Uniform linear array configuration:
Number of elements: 64
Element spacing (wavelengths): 0.75
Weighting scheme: kaiser
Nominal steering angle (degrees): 15
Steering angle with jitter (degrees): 16.305
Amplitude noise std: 0.05
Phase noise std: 0.05

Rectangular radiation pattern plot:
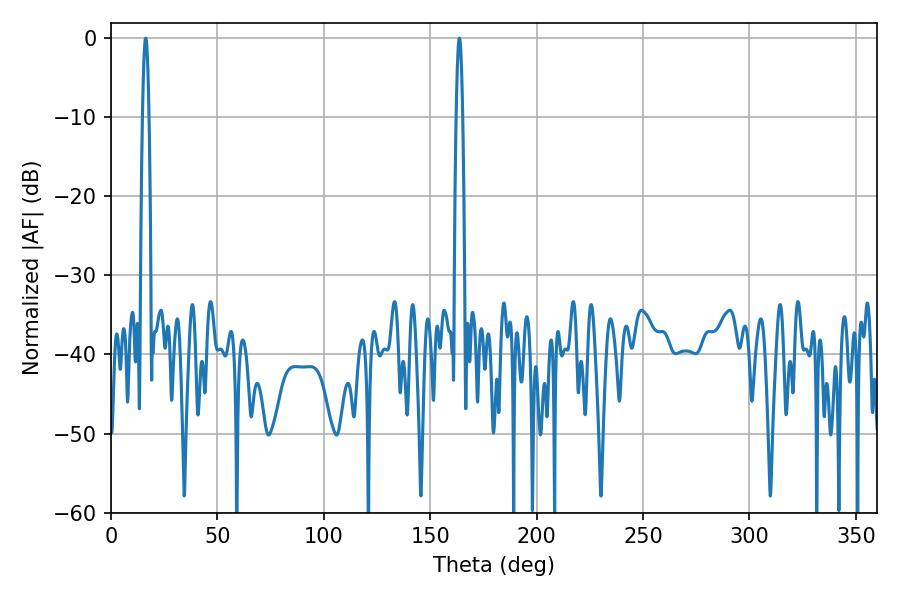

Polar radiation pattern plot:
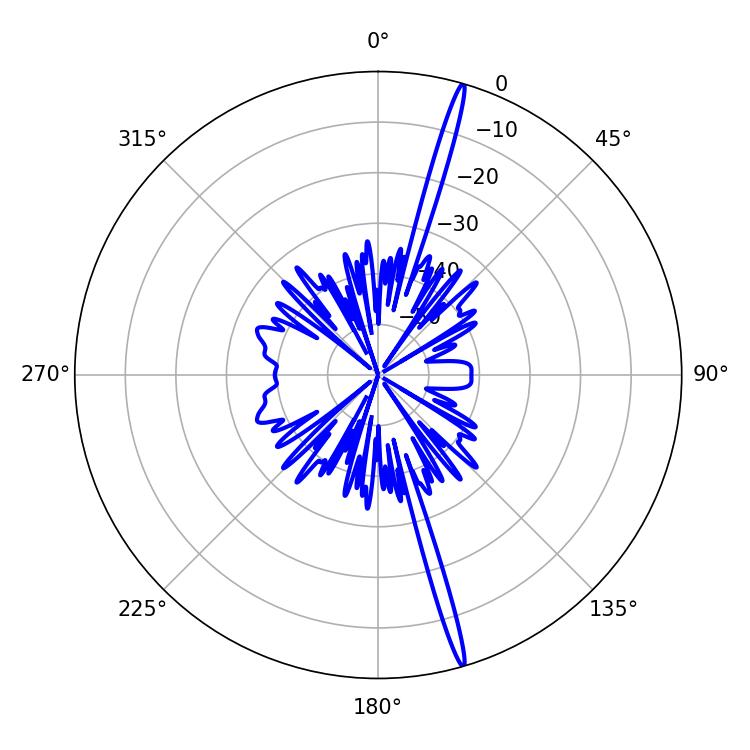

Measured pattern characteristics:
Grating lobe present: TRUE
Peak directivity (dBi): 20.429
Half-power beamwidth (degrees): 1.62
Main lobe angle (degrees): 16.38